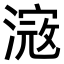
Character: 𣻎